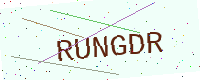
Text: RUNGDR